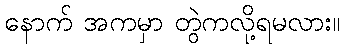
နောက် အကမှာ တွဲကလို့ရမလား။